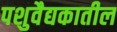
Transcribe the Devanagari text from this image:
पशुवैद्यकातील